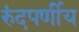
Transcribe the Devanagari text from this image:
रुंदपर्णीय